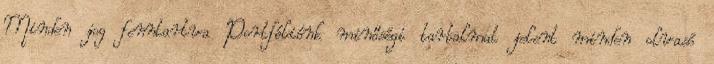
Minden jog fenntartva Portfóliónk minőségi tartalmat jelent minden olvasó